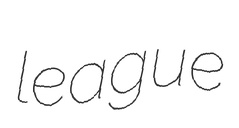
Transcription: league